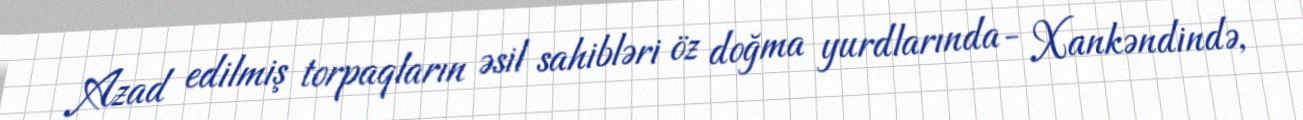
Azad edilmiş torpaqların əsil sahibləri öz doğma yurdlarında- Xankəndində,